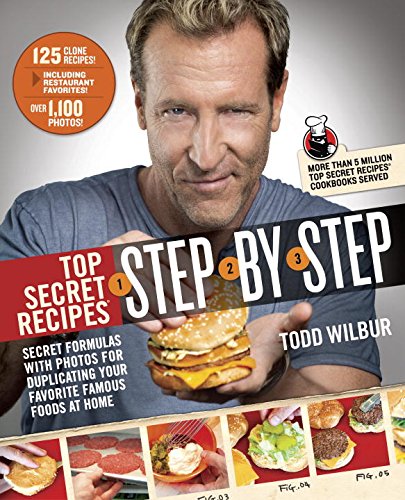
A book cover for Top Secret Recipes Step-by-Step: Secret Formulas with Photos for Duplicating Your Favorite Famous Foods at Home; Todd Wilbur; Cookbooks, Food & Wine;